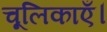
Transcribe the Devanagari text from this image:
चूलिकाएँ।